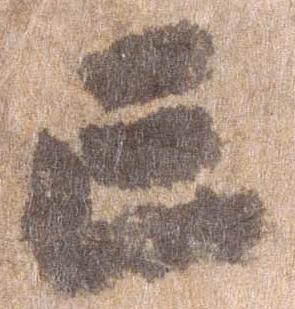
亡